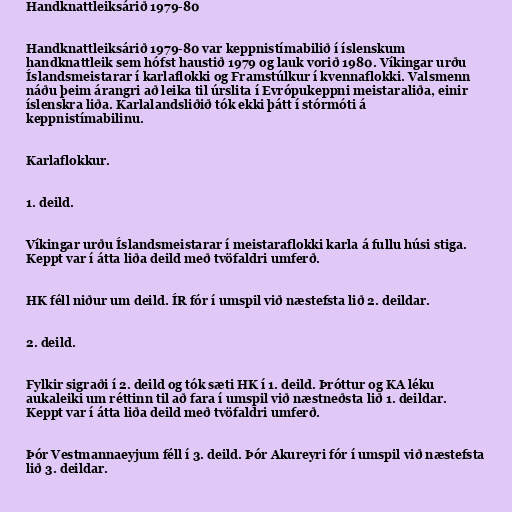
Handknattleiksárið 1979-80

Handknattleiksárið 1979-80 var keppnistímabilið í íslenskum
handknattleik sem hófst haustið 1979 og lauk vorið 1980. Víkingar urðu
Íslandsmeistarar í karlaflokki og Framstúlkur í kvennaflokki. Valsmenn
náðu þeim árangri að leika til úrslita í Evrópukeppni meistaraliða, einir
íslenskra liða. Karlalandsliðið tók ekki þátt í stórmóti á
keppnistímabilinu.

Karlaflokkur.

1. deild.

Víkingar urðu Íslandsmeistarar í meistaraflokki karla á fullu húsi stiga.
Keppt var í átta liða deild með tvöfaldri umferð.

HK féll niður um deild. ÍR fór í umspil við næstefsta lið 2. deildar.

2. deild.

Fylkir sigraði í 2. deild og tók sæti HK í 1. deild. Þróttur og KA léku
aukaleiki um réttinn til að fara í umspil við næstneðsta lið 1. deildar.
Keppt var í átta liða deild með tvöfaldri umferð.

Þór Vestmannaeyjum féll í 3. deild. Þór Akureyri fór í umspil við næstefsta
lið 3. deildar.